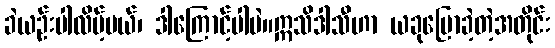
ခဲယဉ်းပါလိမ့်မယ်၊ ဒါကြောင့်ပါပဲ။ဣသိဒါသီဟာ ယခုပြောခဲ့တဲ့အတိုင်း